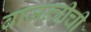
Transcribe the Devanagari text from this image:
वाजन्त्रीची